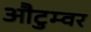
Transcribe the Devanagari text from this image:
औटुम्वर